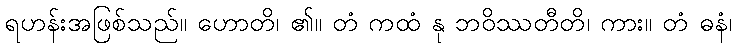
ရဟန်းအဖြစ်သည်။ ဟောတိ၊ ၏။ တံ ကထံ နု ဘဝိဿတီတိ၊ ကား။ တံ ဓနံ၊